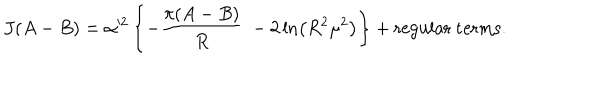
LaTeX: J ( A - B ) = \alpha ^ { 2 } \left\{ - \frac { \pi ( A - B ) } { R } \ - 2 \ln \left( R ^ { 2 } \mu ^ { 2 } \right) \right\} + \mathrm { r e g u l a r ~ t e r m s } .